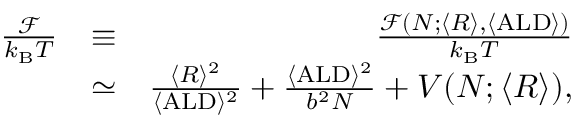
\begin{array} { r l r } { \frac { \mathcal { F } } { k _ { \mathrm { B } } T } } & { \equiv } & { \frac { \mathcal { F } ( N ; \langle R \rangle , \langle \mathrm { A L D } \rangle ) } { k _ { \mathrm { B } } T } } \\ & { \simeq } & { \frac { \langle R \rangle ^ { 2 } } { \langle \mathrm { A L D } \rangle ^ { 2 } } + \frac { \langle \mathrm { A L D } \rangle ^ { 2 } } { b ^ { 2 } N } + V ( N ; \langle R \rangle ) , } \end{array}